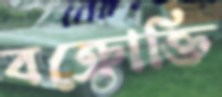
বক্রোক্তি